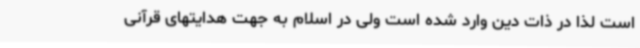
است لذا در ذات دین وارد شده است ولی در اسلام به جهت هدایتهای قرآنی